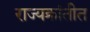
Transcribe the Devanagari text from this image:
राज्यक्रांतीत